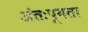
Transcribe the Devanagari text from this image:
अंतःपूयता